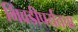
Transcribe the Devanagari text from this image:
भिंवडीपर्यंतचा